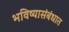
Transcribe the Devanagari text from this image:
भविष्यासंबंधात